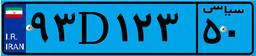
۹۳D۱۲۳۵۰